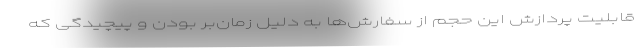
قابلیت پردازش این حجم از سفارش‌ها به دلیل زمان‌بر بودن و پیچیدگی که